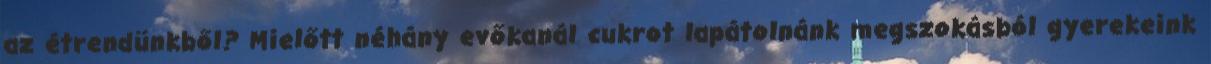
az étrendünkből? Mielőtt néhány evőkanál cukrot lapátolnánk megszokásból gyerekeink